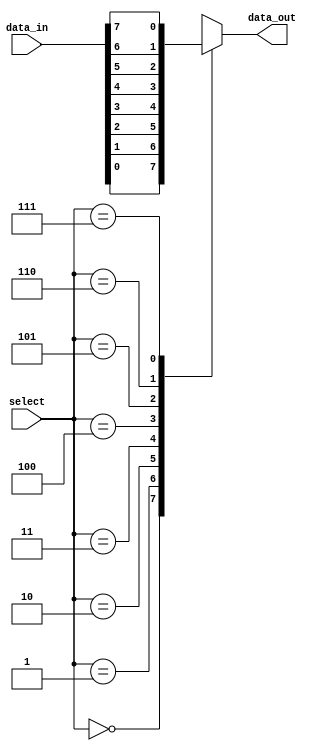
module mux_8to1 (
    input [7:0] data_in,
    input [2:0] select,
    output reg data_out
);

always @(*) begin
    case(select)
        3'b000: data_out = data_in[0];
        3'b001: data_out = data_in[1];
        3'b010: data_out = data_in[2];
        3'b011: data_out = data_in[3];
        3'b100: data_out = data_in[4];
        3'b101: data_out = data_in[5];
        3'b110: data_out = data_in[6];
        3'b111: data_out = data_in[7];
        default: data_out = 0; // default value if select signal is invalid
    endcase
end

endmodule